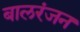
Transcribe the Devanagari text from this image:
बालरंजन